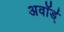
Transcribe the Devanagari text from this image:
अवॉर्ड्